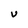
Character: U